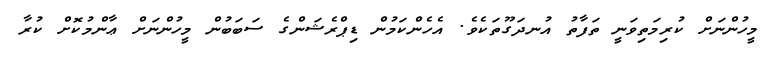
މީހުންނަށް ކުރިމަތިވަނީ ތަފާތު އުނދަގޫތަކެވެ. އެހެންކަމުން ޑިޕްރެޝަންގެ ސަބަބުން މީހުންނަށް ޢާންމުކޮށް ކުރާ